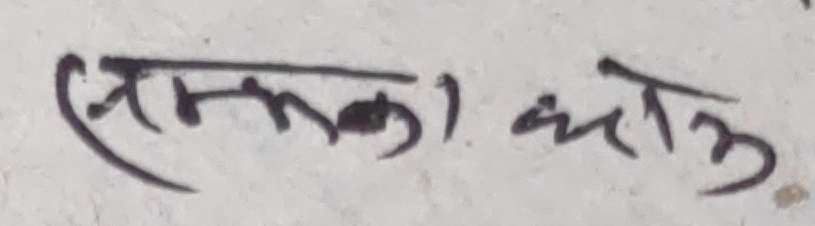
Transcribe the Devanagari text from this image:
(सेमल) काठ